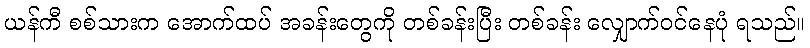
ယန်ကီ စစ်သားက အောက်ထပ် အခန်းတွေကို တစ်ခန်းပြီး တစ်ခန်း လျှောက်ဝင်နေပုံ ရသည်။